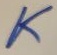
Text: K